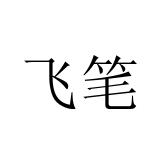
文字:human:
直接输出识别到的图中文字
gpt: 飞笔